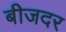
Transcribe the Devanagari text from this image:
बीजदर